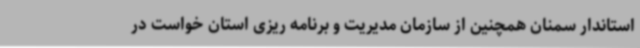
استاندار سمنان همچنین از سازمان مدیریت و برنامه ریزی استان خواست در